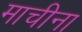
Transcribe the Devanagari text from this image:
माचीना